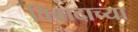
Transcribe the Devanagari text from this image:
विवादाच्या